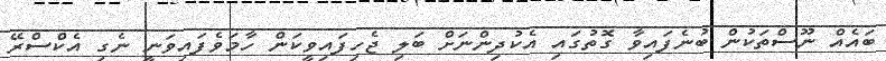
ބައެއް ނޫސްތަކުން ބުނެފައިވާ ގޮތުގައި އެކުދިންނަށް ބަލި ޖެހިފައިވީކަން ހާމަވެފައިވަނީ ނެގި އެކްސްރޭ